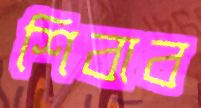
শিবাব